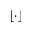
\lfloor \cdot \rfloor